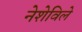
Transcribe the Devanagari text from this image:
नेशेविले